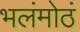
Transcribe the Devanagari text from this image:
भलंमोठं